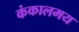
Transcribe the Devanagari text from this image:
कंकालमय